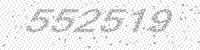
Solution: 552519